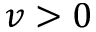
v > 0